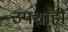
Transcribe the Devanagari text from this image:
उपशाही